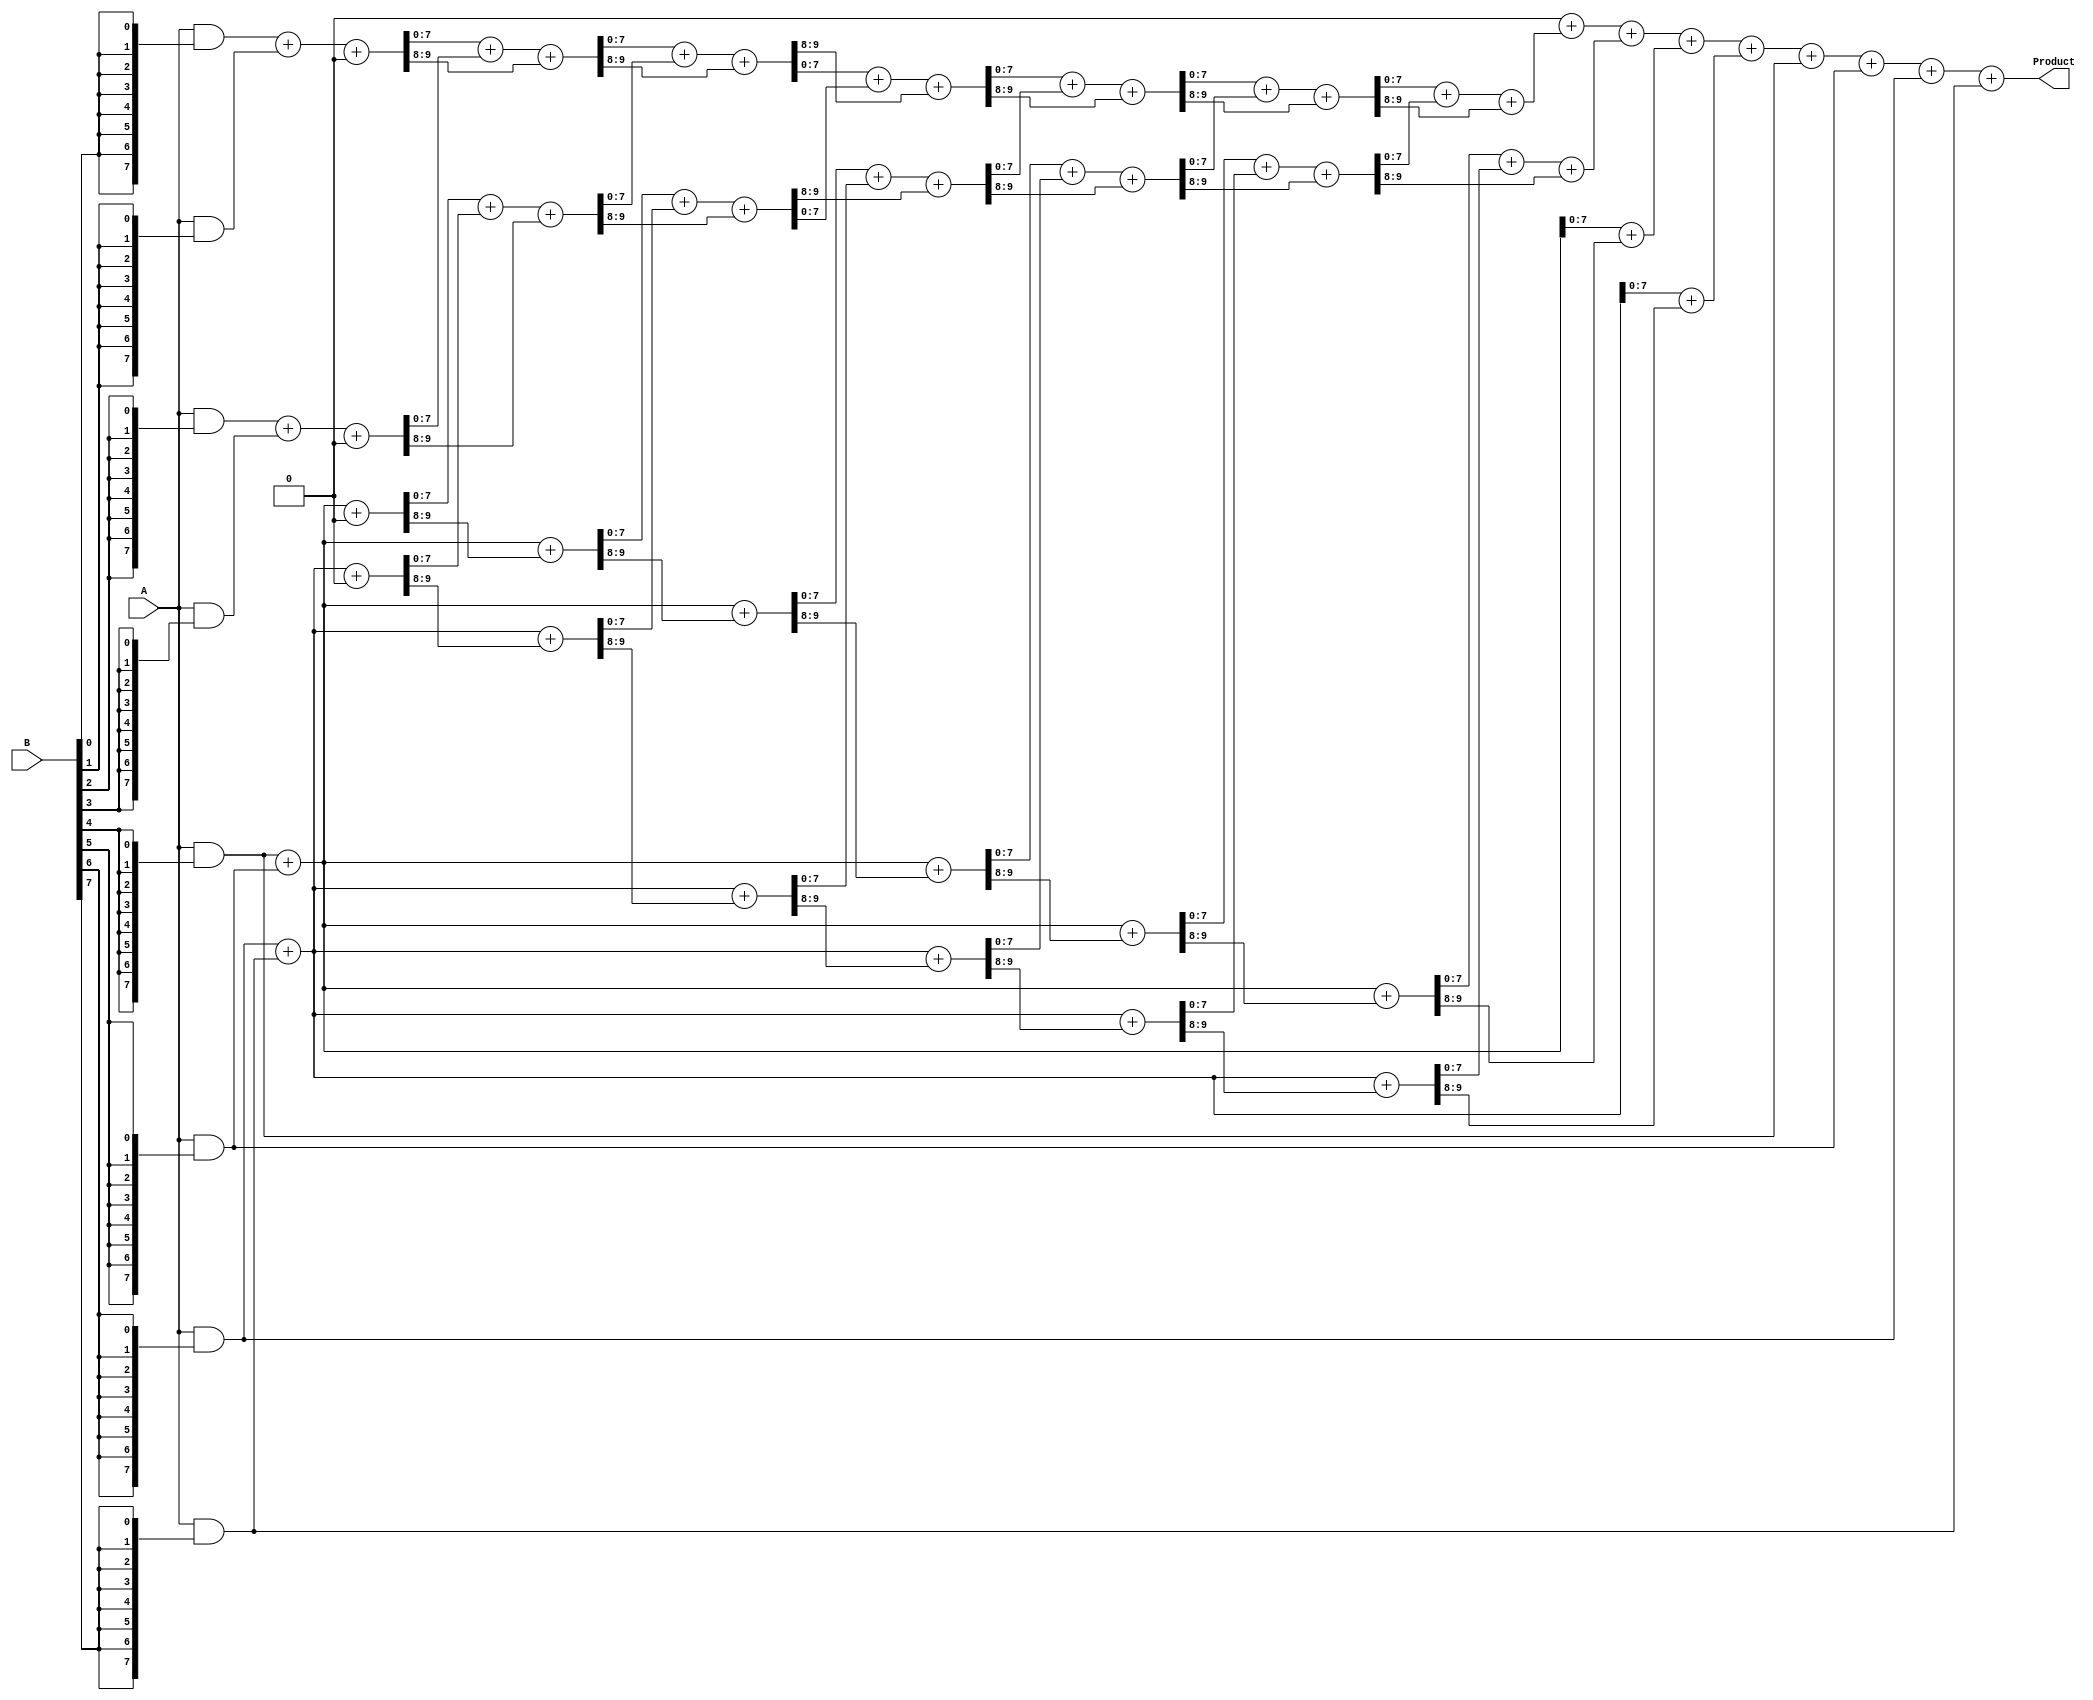
module WallaceTreeMultiplier #(parameter WIDTH = 8) (
    input [WIDTH-1:0] A,
    input [WIDTH-1:0] B,
    output reg [2*WIDTH-1:0] Product
);
    
    // Generate Partial Products
    wire [WIDTH-1:0] partial_products[WIDTH-1:0];
    
    genvar i;
    generate
        for (i = 0; i < WIDTH; i = i + 1) begin : gen_partial_products
            assign partial_products[i] = A & {WIDTH{B[i]}};
        end
    endgenerate

    // Wallace Tree Reduction
    reg [WIDTH-1:0] sum[WIDTH:0]; // for summing rows
    reg [WIDTH:0] carry[WIDTH-1:0]; // for carry bits
    
    integer j, k;
    always @(*) begin
        // Initialize the first row with partial products
        for (j = 0; j < WIDTH; j = j + 1) begin
            sum[j] = partial_products[j];
            carry[j] = 0;
        end
        
        // Wallace Tree Reduction Loop
        for (j = 0; j < WIDTH-1; j = j + 1) begin
            for (k = 0; k < WIDTH/2; k = k + 1) begin
                if (j < WIDTH-1) begin
                    {carry[k], sum[k]} = sum[2*k] + sum[2*k + 1] + carry[k];
                end
            end
        end
        
        // Final Summation
        Product = 0;
        for (j = 0; j < WIDTH; j = j + 1) begin
            Product = Product + sum[j];
        end
    end

endmodule